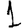
Digit: 1